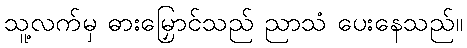
သူ့လက်မှ ဓားမြှောင်သည် ညာသံ ပေးနေသည်။